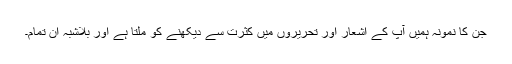
جن کا نمونہ ہمیں آپ کے اشعار اور تحریروں میں کثرت سے دیکھنے کو ملتا ہے اور بلاشبہ ان تمام۔